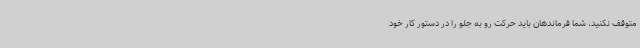
متوقف نکنید، شما فرماندهان باید حرکت رو به جلو را در دستور کار خود